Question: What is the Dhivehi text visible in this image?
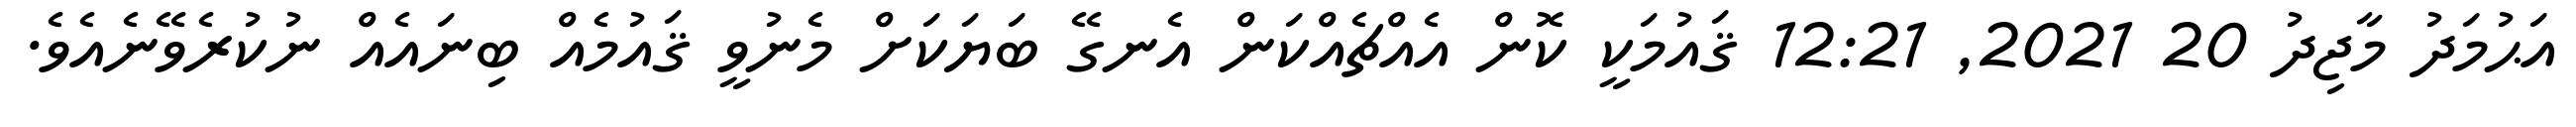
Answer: އަޙުމަދު މާޖިދު 20 2021, 12:21 ޤައުމަކީ ކޮން އެއްޗެއްކަން އެނގޭ ބަޔަކަށް މެނުވީ ޤައުމެއް ބިނައެއް ނުކުރެވޭނެއެވެ.